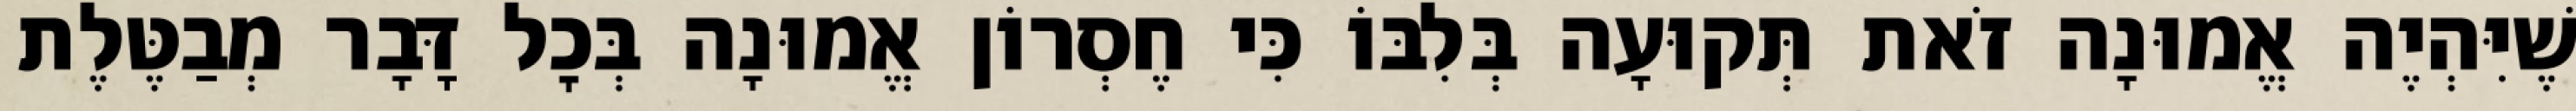
שֶׁיִּהְיֶה אֱמוּנָה זֹאת תְּקוּעָה בְּלִבּוֹ כִּי חֶסְרוֹן אֱמוּנָה בְּכׇל דָּבָר מְבַטֶּלֶת